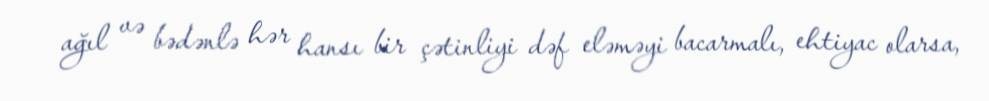
ağıl və bədənlə hər hansı bir çətinliyi dəf eləməyi bacarmalı, ehtiyac olarsa,